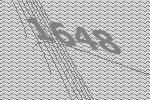
1648